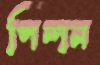
পিন্দন